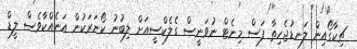
ޗިކާގޯއިން ލަނޑުޖެހިތާ ފަސް މިނެޓް ނުވަނީސް ގެލެކްސީއަށް ލިބުނު ކޯނަރަކުން އަނެއްކާވެސް ލީޑް